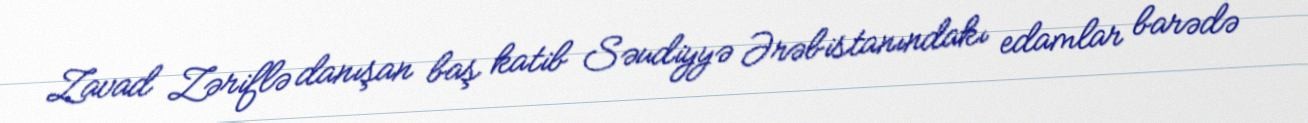
Zavad Zəriflə danışan baş katib Səudiyyə Ərəbistanındakı edamlar barədə